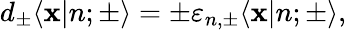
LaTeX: d_{\pm}\langle\mathbf{x}|n;{\pm}\rangle=\pm\varepsilon_{n,{\pm}}\langle\mathbf{x}|n;{\pm}\rangle,